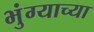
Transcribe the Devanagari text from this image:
भुंग्याच्या